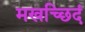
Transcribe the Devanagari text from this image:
मखच्छिदं